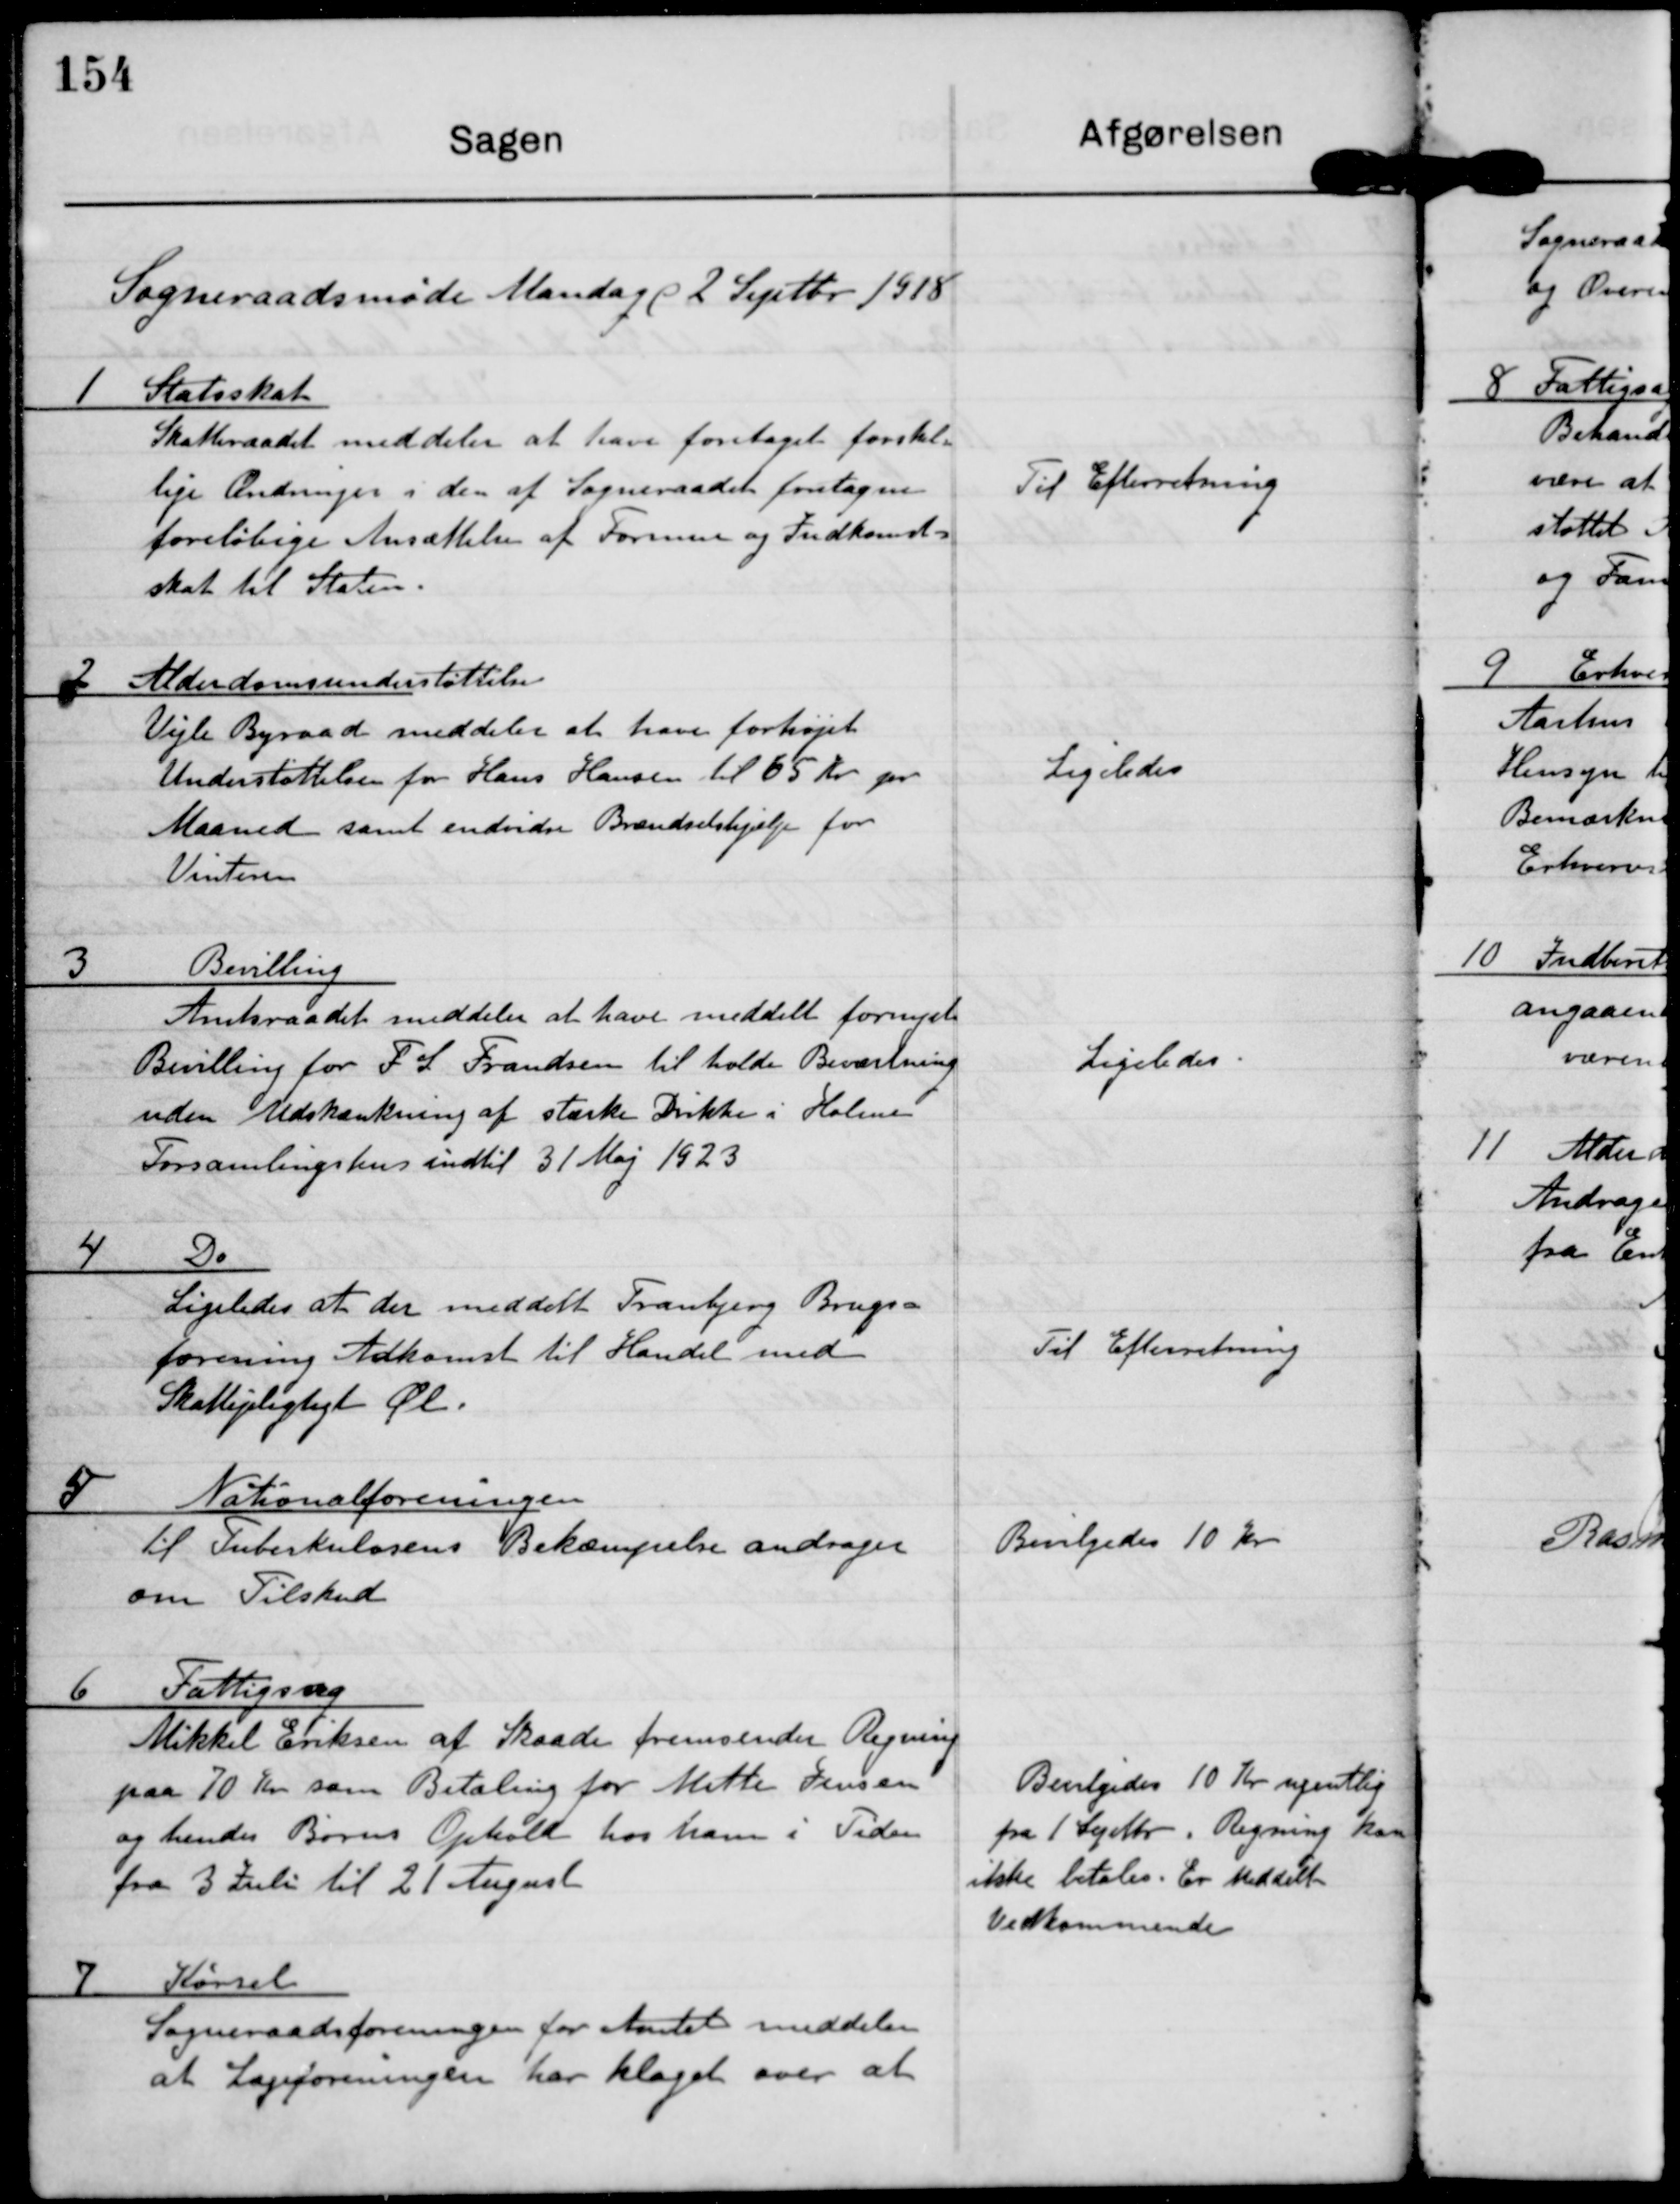
Transskription:
Sogneraadsmøde Mandag d 2 Septbr 1918

1 Statsskat
Skatteraadet meddeler at have foretaget forskel-
lige Ændringer i den af Sogneraadet foretagne
foreløbige Ansættelse af Formue og Indkomst-
skat til Staten.

Til Efterretning

2 Alderdomsunderstøttelse
Vejle Byraad meddeler at have forhøjet
Understøttelsen for Hans Hansen til 65 Kr pr
Maaned samt endivere Brændselshjælp for
Vinteren

Ligeledes

3 Bevilling
Amtsraadet meddeler at have meddelt fornyet
Bevilling for F S Frandsen til holde Beværtning
uden Udskænkning af stærke Drikke i Holme
Forsamlingshus indtil 31 Maj 1923

Ligeledes

4 Do
Ligeledes at der meddelt Tranbjerg Brugs-
forening Adkomst til Handel med
Skattepligtigt Øl.

Til Efterretning

5 Nationalforeningen
til Tuberkulosens Bekæmpelse andrages
om Tilskud

Bevilgedes 10 Kr

6 Fattigsag
Mikkel eriksen af Skaade fremsender Regning
paa 70 Kr som Betaling for Mette Jensen
og hendes Børns Ophold hos ham i Tiden
fra 3 Juli til 21 August

Bevilgedes 10 kr ugentlig
fra 1 Septbr. Regning kan
ikke betales. Er Meddelt
Vedkommende

7 Kørsel
Sogneraadsforeningen for Amtet meddeler
at Lægeforeningen har klager over at